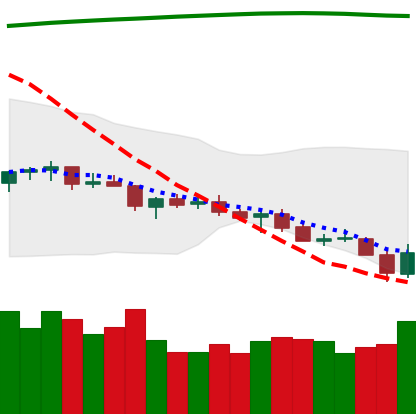
Ticker: TRX-USD
Chart end date: 2021-07-21
Forward return: 8.79%
Label: up_7plus